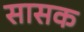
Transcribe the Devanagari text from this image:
सासक